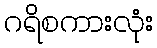
ဂရိစကားလုံး